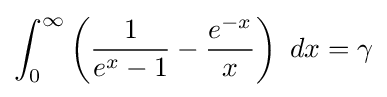
\int _{0}^{\infty }\left({\frac {1}{e^{x}-1}}-{\frac {e^{-x}}{x}}\right)\ dx=\gamma